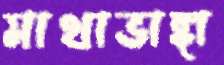
মাথাভাঙ্গা